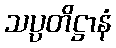
သပ္ပတိဋ္ဌာနံ